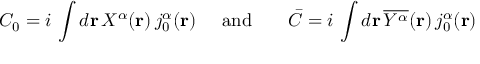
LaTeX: { \cal C } _ { 0 } = i \, \int d { \bf { r } } \, { \textstyle { \cal X } ^ { \alpha } } ( { \bf r } ) \, j _ { 0 } ^ { \alpha } ( { \bf r } ) \; \; \; \; \; \mathrm { a n d } \; \; \; \; \; \; \; { \bar { \cal C } } = i \, \int d { \bf { r } } \, \overline { { { { \cal Y } ^ { \alpha } } } } ( { \bf r } ) \, j _ { 0 } ^ { \alpha } ( { \bf r } )